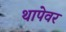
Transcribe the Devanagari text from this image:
थापेवर